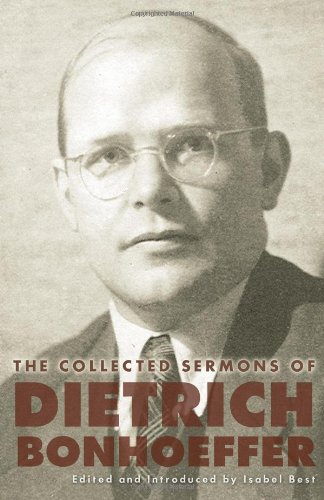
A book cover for The Collected Sermons of Dietrich Bonhoeffer; Dietrich Bonhoeffer; Christian Books & Bibles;